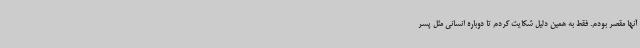
آنها مقصر بودم. فقط به همین دلیل شکایت کردم تا دوباره انسانی مثل پسر